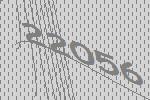
22056